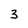
Character: 3